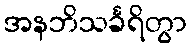
အနဘိသင်္ခရိတွာ